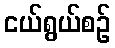
ငယ်ရွယ်စဉ်